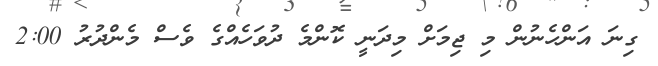
ގިނަ އަންހެނުން މި ޖިމަށް މިދަނީ ކޮންމެ ދުވަހެއްގެ ވެސް މެންދުރު 2:00